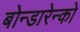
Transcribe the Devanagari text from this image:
बोन्डारेन्को